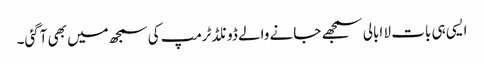
ایسی ہی بات لا ابالی سمجھے جانے والے ڈونلڈٹرمپ کی سمجھ میں بھی آگئی۔